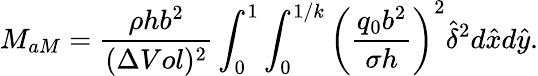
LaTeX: M_{aM}=\frac{\rho hb^{2}}{(\Delta Vol)^{2}}\int_{0}^{1}\int_{0}^{1/k}\left(\frac{q_{0}b^{2}}{\sigma h}\right)^{2}\hat{\delta}^{2}d\hat{x}d\hat{y}.